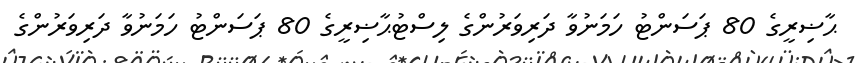
ޙާޟިރީގެ 80 ޕަސަންޓު ހަމަނުވާ ދަރިވަރުންގެ ލިސްޓުޙާޟިރީގެ 80 ޕަސަންޓު ހަމަނުވާ ދަރިވަރުންގެ